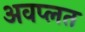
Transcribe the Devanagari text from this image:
अवप्लत